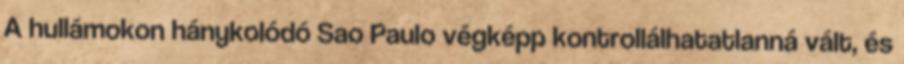
A hullámokon hánykolódó Sao Paulo végképp kontrollálhatatlanná vált, és